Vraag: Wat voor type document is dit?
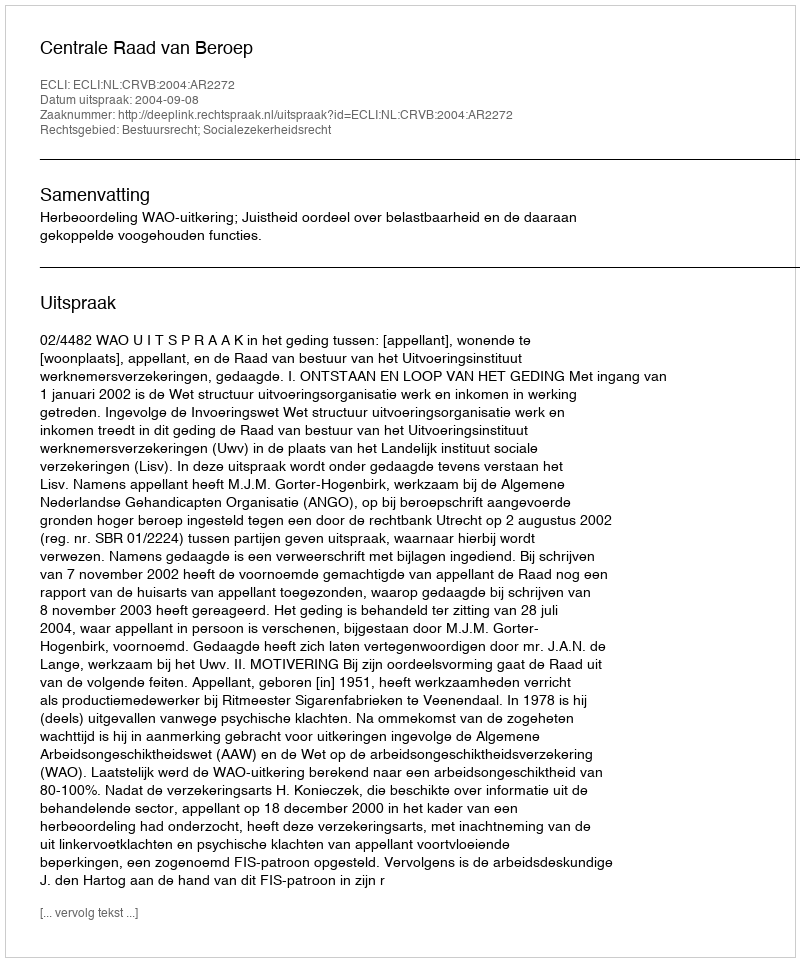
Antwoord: Uitspraak